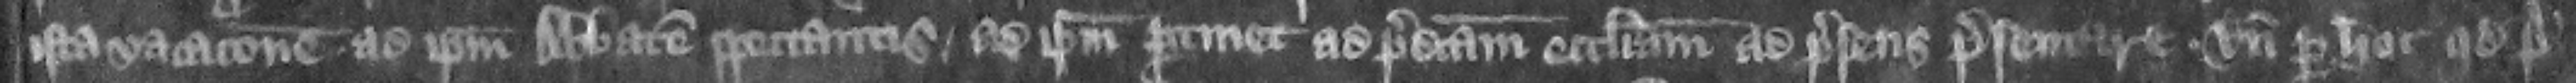
ista vacacione ad ipsum abbatem spectantis ad ipsum pertinet ad predictam ecclesiam ad presens presentare. Vnde per hoc quod predicti